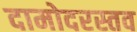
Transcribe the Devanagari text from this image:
दामोदरस्तव